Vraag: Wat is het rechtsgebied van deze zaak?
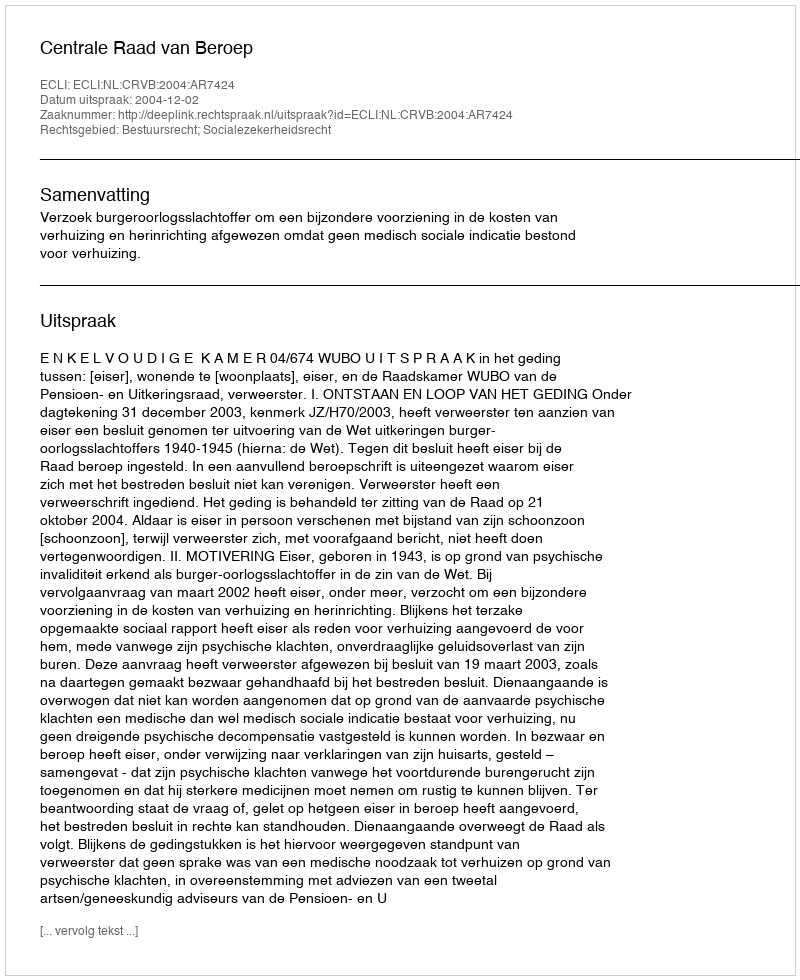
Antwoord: Bestuursrecht; Socialezekerheidsrecht